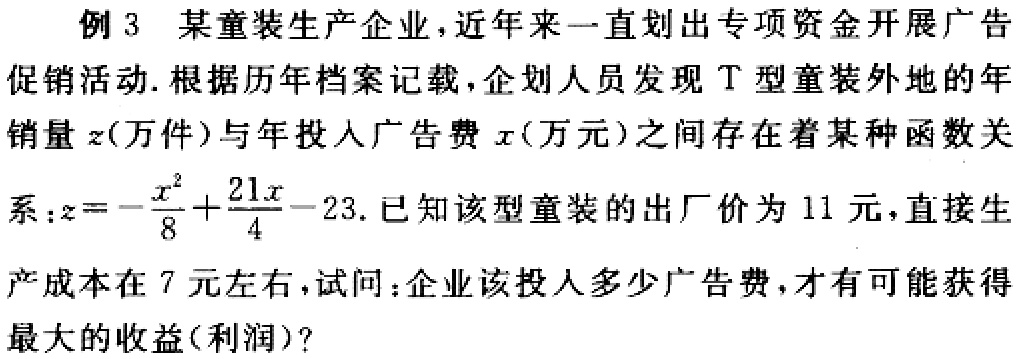
例 3 某童装生产企业，近年来一直划出专项资金开展广告
促销活动. 根据历年档案记载，企划人员发现 T 型童装外地的年
销量 \(z\)(万件)与年投入广告费 \(x\)(万元)之间存在着某种函数关
系：\(z = -\frac{x^{2}}{8}+\frac{21x}{4}-23\). 已知该型童装的出厂价为 11 元，直接生
产成本在 7 元左右，试问：企业该投入多少广告费，才有可能获得
最大的收益(利润)?